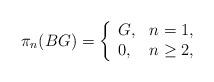
LaTeX: \begin{align*} \pi_n(BG)= \left\{\begin{array}{ll}G, & n=1,\\0, & n\ge 2,\end{array} \right.\end{align*}